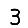
Digit: 3